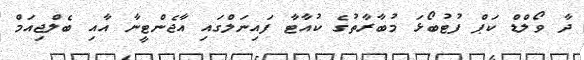
ދާ ވޯލްޑް ކަޕް ފުޓުބޯޅަ މުބާރާތުގެ ކުއާޓާ ފައިނަލްގައި އާޖެންޓީނާ އާއި ބެލްޖިއަމް